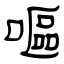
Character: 嘔